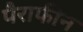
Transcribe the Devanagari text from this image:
पैराफीन